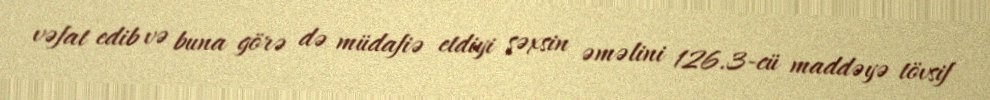
vəfat edib və buna görə də müdafiə etdiyi şəxsin əməlini 126.3-cü maddəyə tövsif